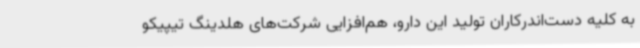
به کلیه دست‌اندرکاران تولید این دارو، هم‌افزایی شرکت‌های هلدینگ تیپیکو